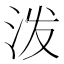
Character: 泼